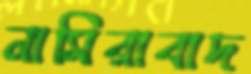
নাসিরাবাদ